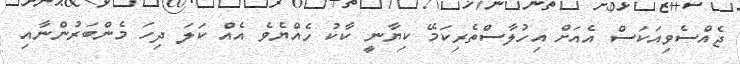
ޖެއްސެވިއަކަސް އެއަށް އިހުލާސްތެރިކަމޭ ކިޔާނީ ކާކު ހެއްޔެވެ އެއް ކަލަ ދިހަ މެންބަރުންނާއި